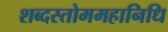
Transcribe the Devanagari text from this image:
शब्दस्तोममहानिधि